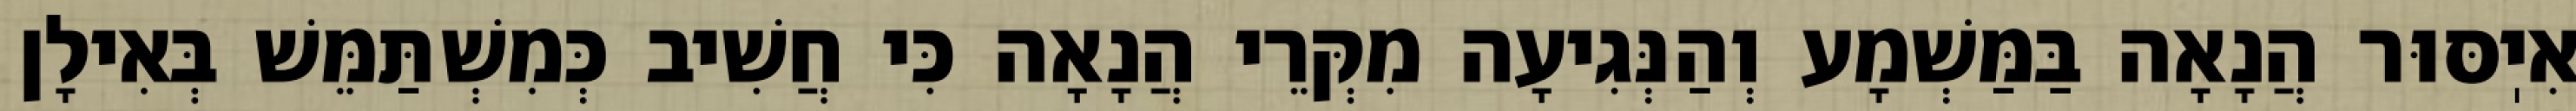
אִיֽסּוּר הֲנָאָה בַּמַּשְׁמָע וְהַנְּגִיעָה מִקְּרֵי הֲנָאָה כִּי חֲשִׁיב כְּמִשְׁתַּמֵּשׁ בְּאִילָן